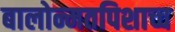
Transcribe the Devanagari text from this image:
बालोन्मतपिशाच्च